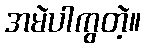
အမဲပါကွတဲ့။